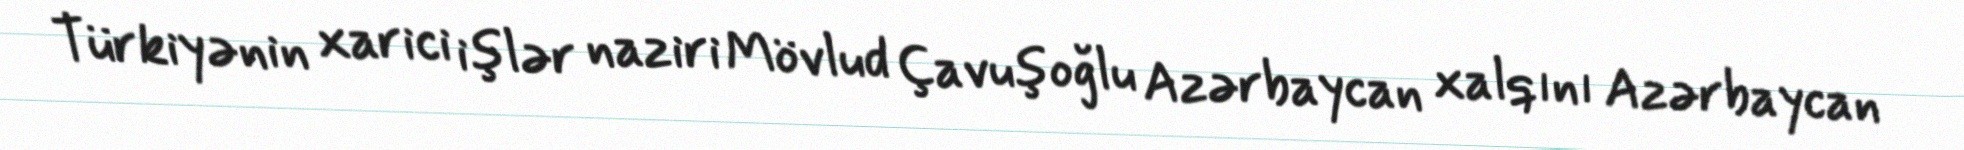
Türkiyənin xarici işlər naziri Mövlud Çavuşoğlu Azərbaycan xalqını Azərbaycan